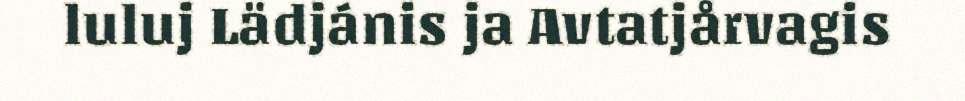
luluj Lädjánis ja Avtatjårvagis